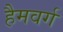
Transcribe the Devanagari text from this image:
हैमवर्ग